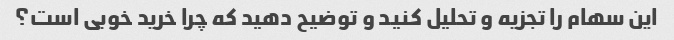
این سهام را تجزیه و تحلیل کنید و توضیح دهید که چرا خرید خوبی است؟